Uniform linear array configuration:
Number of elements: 32
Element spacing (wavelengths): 0.75
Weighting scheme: binomial
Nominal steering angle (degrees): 15
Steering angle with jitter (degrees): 15.704
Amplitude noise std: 0.05
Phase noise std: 0.05

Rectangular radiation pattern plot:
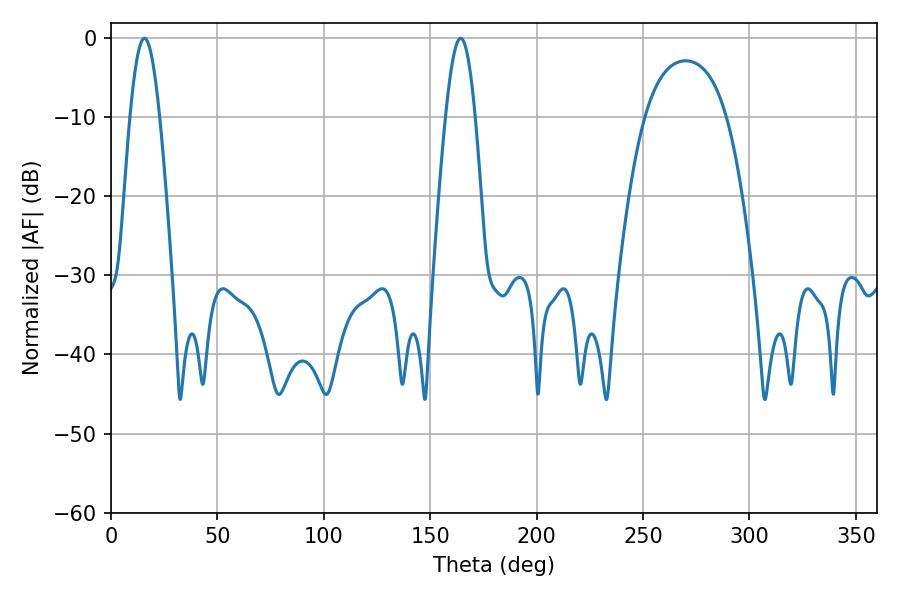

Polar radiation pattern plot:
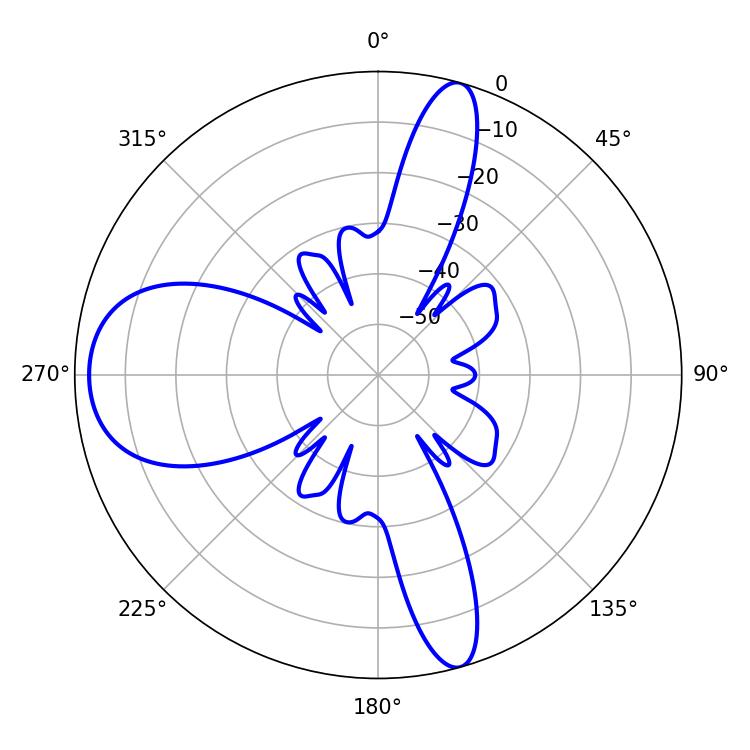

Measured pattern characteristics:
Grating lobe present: TRUE
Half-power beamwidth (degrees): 7.38
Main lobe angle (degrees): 15.66